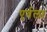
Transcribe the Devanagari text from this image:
एर्वला